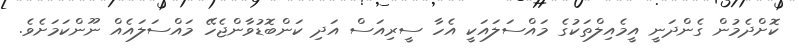
ކޮށްދެމުން ގެންދަނީ އީމެއިލްތަކުގެ މައްސަލައަކީ އެހާ ސީރިއަސް އަދި ކަންބޮޑުވާންޖެހޭ މައްސަލައެއް ނޫންކަމަށެވެ.